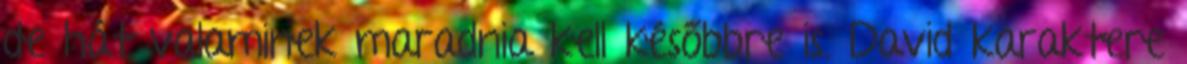
de hát valaminek maradnia kell későbbre is. David karaktere